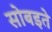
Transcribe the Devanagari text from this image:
सोबइते